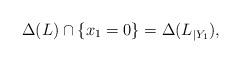
LaTeX: \begin{align*} \Delta(L)\cap \{x_1=0\}=\Delta(L_{|Y_1}),\end{align*}